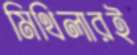
মিথিলারই